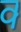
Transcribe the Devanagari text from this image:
क्‍